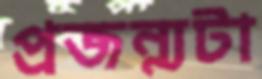
প্রজন্মটা